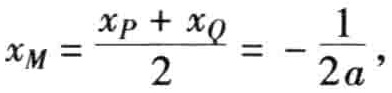
\[x_M = \frac{x_P + x_Q}{2} = -\frac{1}{2a},\]